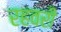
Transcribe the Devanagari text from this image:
रहवरी